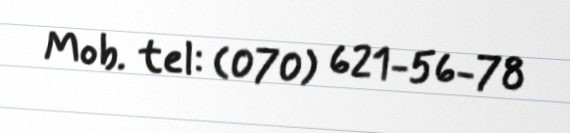
Mob. tel: (070) 621-56-78